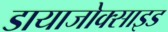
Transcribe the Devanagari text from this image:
डायाजोक्साइड